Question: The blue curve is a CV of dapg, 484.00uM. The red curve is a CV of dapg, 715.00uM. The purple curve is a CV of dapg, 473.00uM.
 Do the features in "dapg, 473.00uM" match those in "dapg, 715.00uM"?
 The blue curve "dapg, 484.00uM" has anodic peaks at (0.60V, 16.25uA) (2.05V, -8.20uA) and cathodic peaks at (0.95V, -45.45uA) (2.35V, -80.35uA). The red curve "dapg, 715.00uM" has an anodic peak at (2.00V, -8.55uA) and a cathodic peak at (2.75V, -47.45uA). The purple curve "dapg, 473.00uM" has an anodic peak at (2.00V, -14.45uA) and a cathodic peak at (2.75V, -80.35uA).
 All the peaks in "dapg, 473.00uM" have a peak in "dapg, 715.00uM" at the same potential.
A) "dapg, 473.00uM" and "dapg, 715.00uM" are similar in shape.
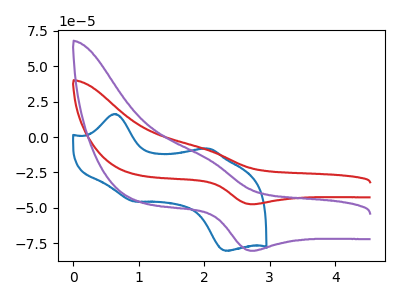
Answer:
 <answer>A) "dapg, 473.00uM" and "dapg, 715.00uM" are similar in shape.</answer>
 <eval>A</eval>